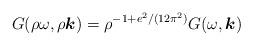
LaTeX: \begin{align*}G( \rho \omega, \rho \mbox{\boldmath $k$} ) = \rho^{-1 + e^{2}/(12 \pi^{2})}G( \omega, \mbox{\boldmath $k$} )\end{align*}